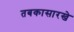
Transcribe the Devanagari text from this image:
तबकासारखे